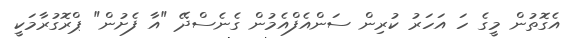
އެގޮތުން މީގެ ހަ އަހަރު ކުރިން ސަންއެފްއެމުން ގެނެސްދޭ "އާ ފެށުން" ޕްރޮގުރާމަކީ